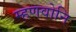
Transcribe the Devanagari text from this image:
म्हणवोनि